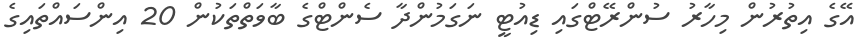
އޭގެ އިތުރުން މިހާރު ސުންރޭޓްގައި ޑިއުޓީ ނަގަމުންދާ ސެންޓްގެ ބާވަތްތަކުން 20 އިންސައްތައިގެ